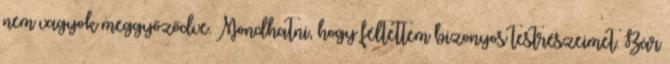
nem vagyok meggyőződve. Mondhatni, hogy féltettem bizonyos testrészeimet. Bár